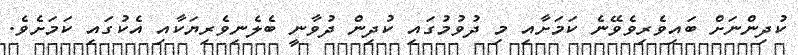
ކުދިންނަށް ބައިވެރިވެވޭނެ ކަމަށާއި މި ދުވުމުގައި ކުދިން ދުވާނީ ބެލެނިވެރިޔަކާއި އެކުގައި ކަމަށެވެ.